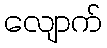
လျောက်